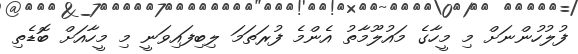
ފުލުހުންނަށް މި މީހާގެ މައުލޫމާތު އެންމެ ފުރަތަމަ ލިބިފައިވަނީ މި މީހާއަށް ބޮޑެތި